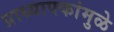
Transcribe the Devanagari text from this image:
प्राध्यापकांमुळे